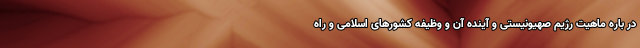
در باره ماهیت رژیم صهیونیستی و آینده آن و وظیفه کشورهای اسلامی و راه